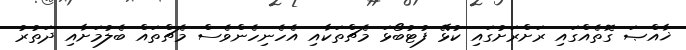
ޚާއްޞަ ގޮތެއްގައި ރަށްރަށުގައި ކުޅޭ ފުޓުބޯޅަ މެޗްތަކާއި އެހެނިހެންވެސް މެޗްތައް ބެލުމަށާއި ދަތުރު